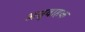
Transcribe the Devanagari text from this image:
अश्रुवाहक